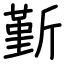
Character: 斳